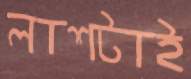
লাশটাই